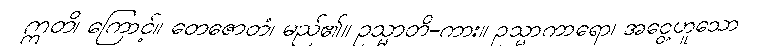
ဣတိ၊ ကြောင့်။ တေဇောတံ၊ မည်၏။ ဥသ္မာတိ-ကား။ ဥသ္မာကာရော၊ အငွေ့ဟူသော